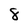
Character: 8